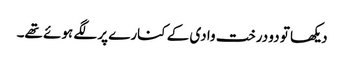
دیکھا تو دو درخت وادی کے کنارے پر لگے ہوئے تھے۔